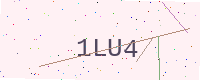
Text: 1LU4